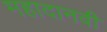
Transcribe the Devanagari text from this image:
महादानवी